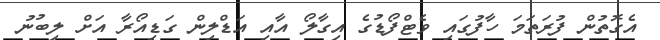
އެގޮތުން ފުރަތަމަ ހާފުގައި ވެޓްފޯޑުގެ އިގާލޯ އާއި އަޑްލިން ގަޑިއޯރާ އަށް ލިބުނު